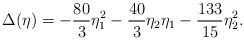
\begin{align*}\Delta(\eta) =-\frac{80}{3} \eta_1^2-\frac{40}{3} \eta_2\eta_1-\frac{133}{15}\eta_2^2.\end{align*}